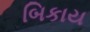
બિકાય